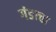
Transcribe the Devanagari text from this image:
गंडाचा